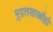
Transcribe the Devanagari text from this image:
मुद्गलशास्त्रीही